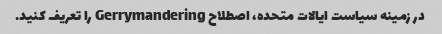
در زمینه سیاست ایالات متحده، اصطلاح Gerrymandering را تعریف کنید.